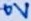
Text: 0V